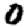
Digit: 0